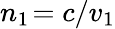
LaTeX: n_{1\! }=c/v_{1}